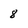
Character: 8